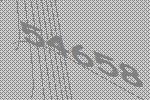
54658